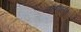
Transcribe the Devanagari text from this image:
लांबीइतके